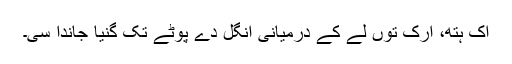
اک ہتھ، ارک توں لے کے درمیانی اُنگل دے پوٹے تک گِنیا جاندا سی۔